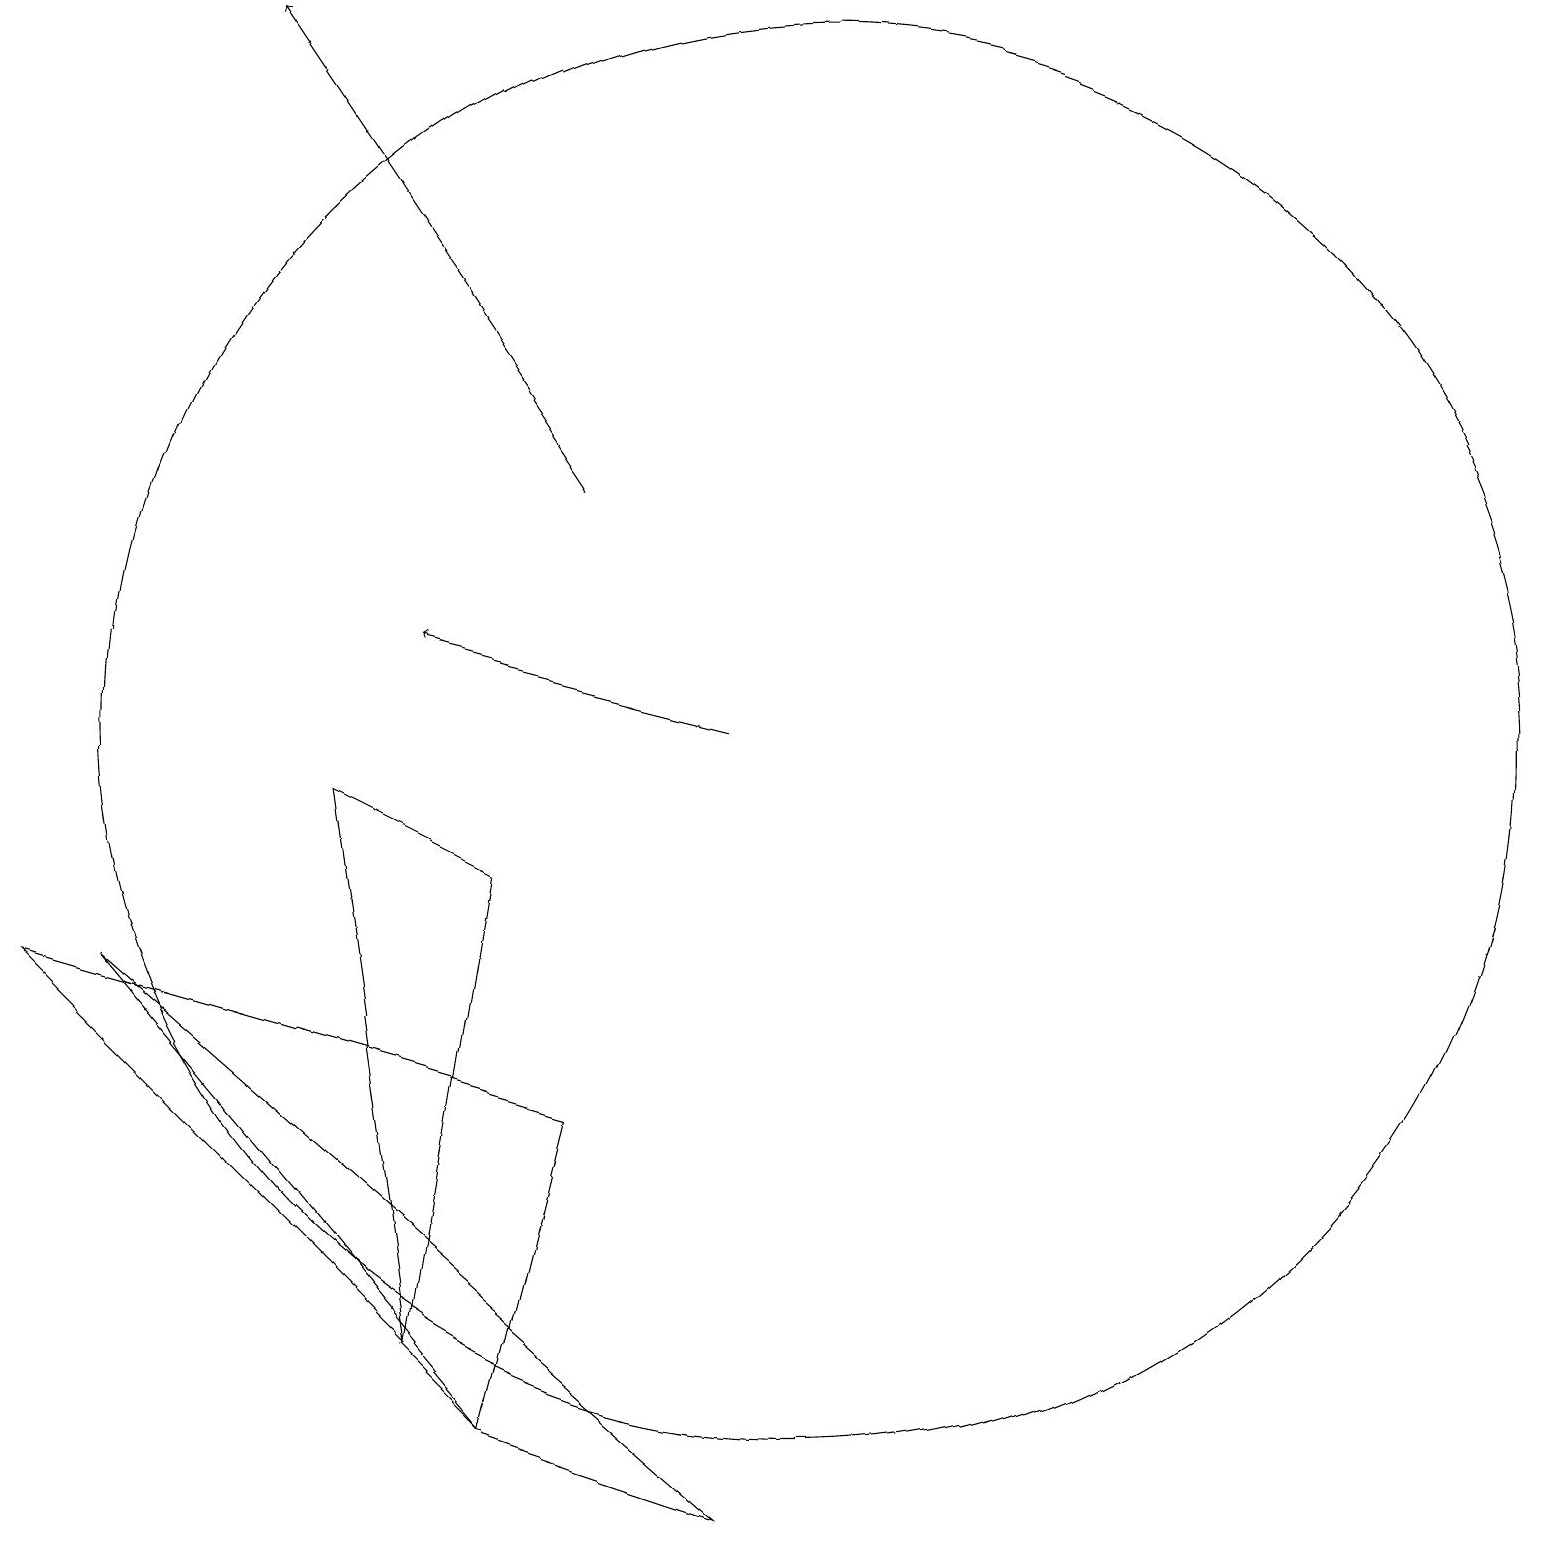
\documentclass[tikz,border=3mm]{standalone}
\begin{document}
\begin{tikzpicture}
\draw (11,11) circle (0);
\draw (6,8) -- (4,9) -- (5,2) -- cycle;
\draw (10,10) circle (9);
\draw (1,7) -- (6,1) -- (9,0) -- cycle;
\draw (6,1) -- (7,5) -- (0,7) -- cycle;
\draw[->] (7,13) -- (3,19);
\draw[->] (9,10) -- (5,11);
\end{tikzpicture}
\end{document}